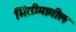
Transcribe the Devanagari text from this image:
भिंतीमागील